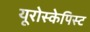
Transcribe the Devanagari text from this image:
यूरोस्केपिस्ट